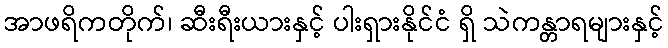
အာဖရိကတိုက်၊ ဆီးရီးယားနှင့် ပါးရှားနိုင်ငံ ရှိ သဲကန္တာရများနှင့်